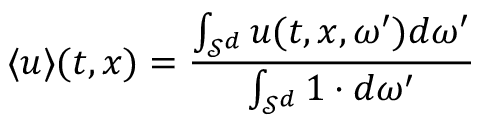
\langle { u } \rangle ( t , x ) = \frac { \int _ { \mathcal { S } ^ { d } } u ( t , x , \omega ^ { \prime } ) d \omega ^ { \prime } } { \int _ { \mathcal { S } ^ { d } } 1 \cdot d \omega ^ { \prime } }